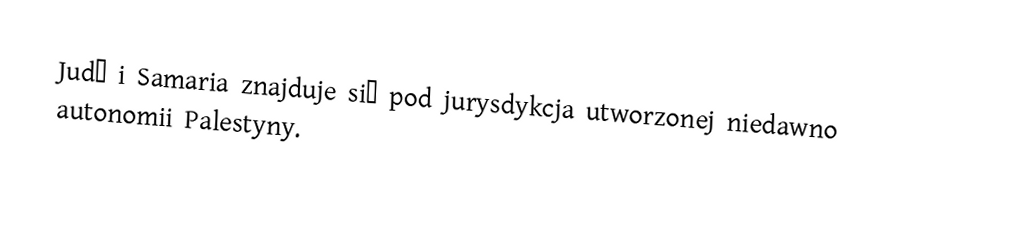
Judę i Samaria znajduje się pod jurysdykcja utworzonej niedawno autonomii Palestyny.